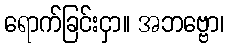
ရောက်ခြင်းငှာ။ အဘဗ္ဗော၊